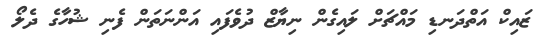
ޒައިކް އަތްދަނޑި މައްޗަށް ލައިގެން ނިޔާޒް ދުވެފައި އަންނަތަން ފެނި ޝުހާގެ ދެލޯ